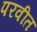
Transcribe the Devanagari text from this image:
परवीत